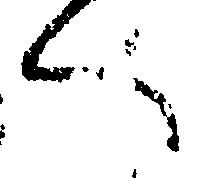
へ